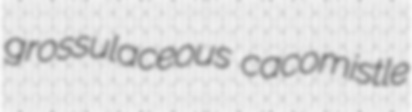
grossulaceous cacomistle